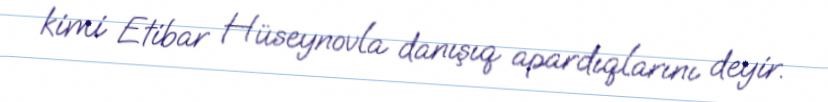
kimi Etibar Hüseynovla danışıq apardıqlarını deyir.